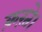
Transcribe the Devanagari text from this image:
क़ऱते।